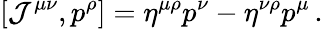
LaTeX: [{\cal J}^{\mu\nu},p^{\rho}]=\eta^{\mu\rho}p^{\nu}-\eta^{\nu\rho}p^{\mu}\, .